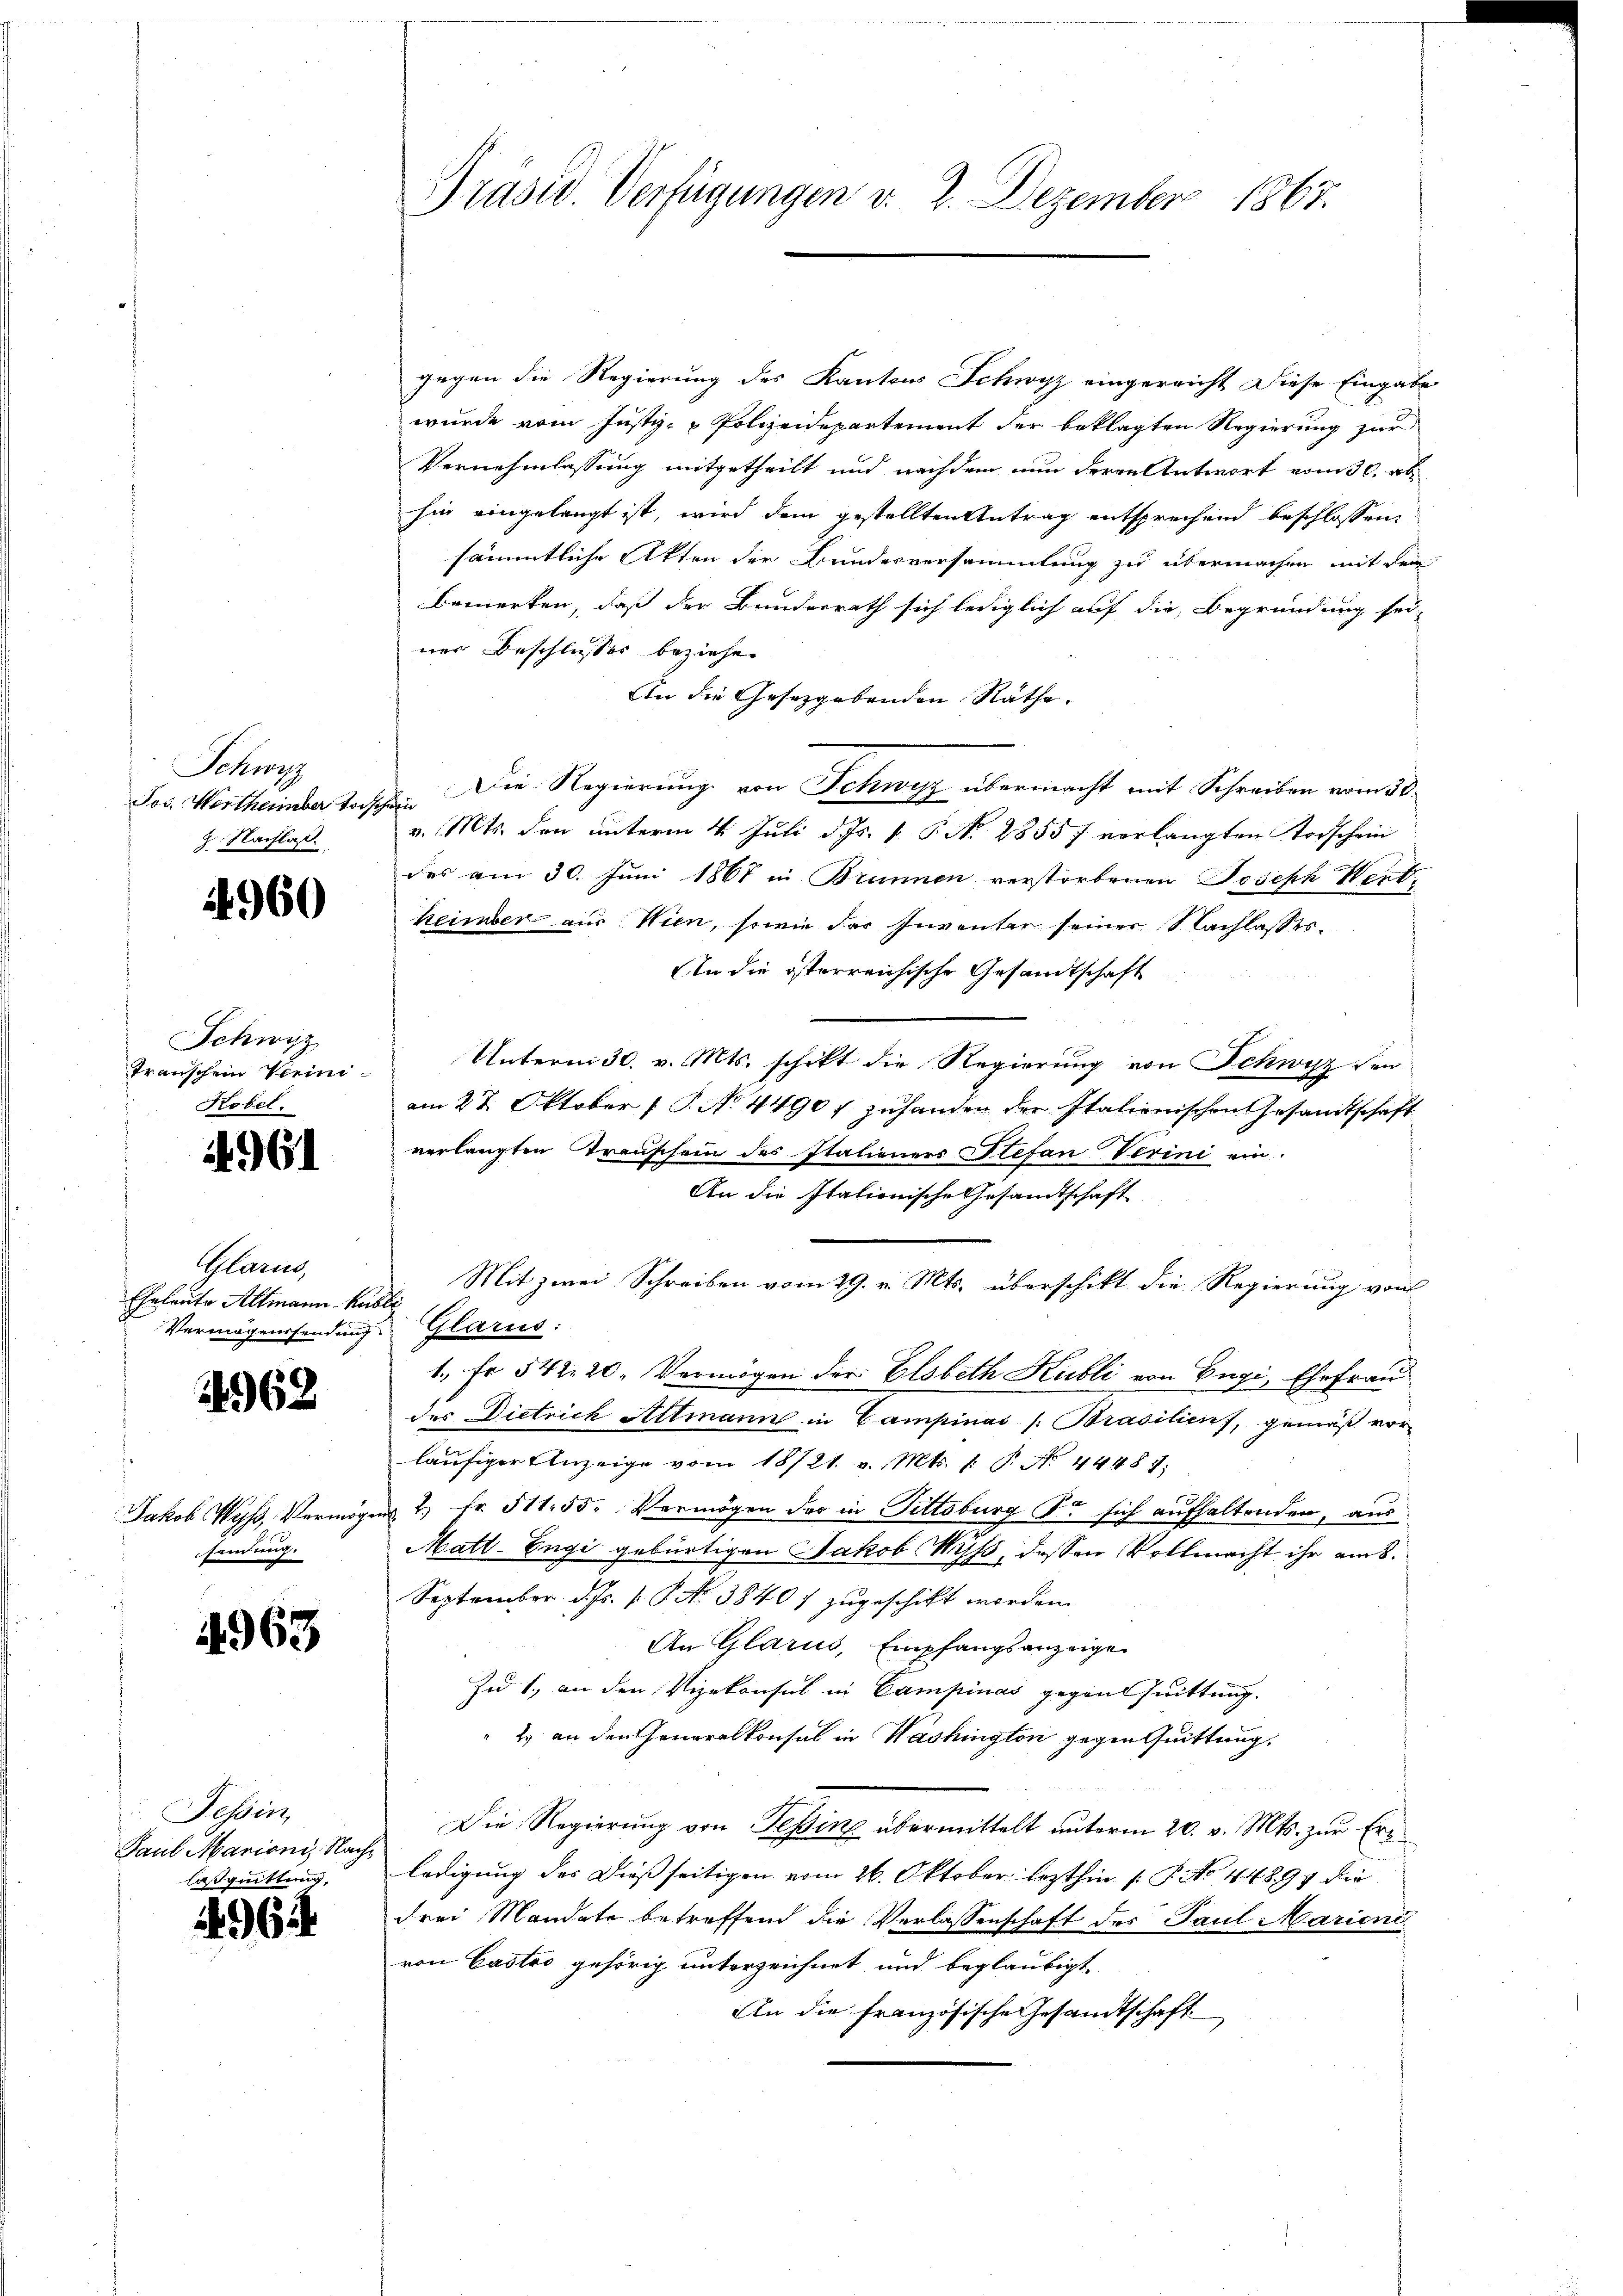
Schwyz
9 Nachla

4960

Schwyz
transchein Verini-
Kobel.

4961

Glarus,
Eheleute Altmann Publi
Vermögenssendung Glarus:

4962

sendung.

4969

Tessin,
Paul Mariani, Nachlasquittung

496.

gegen die Regierung des Kantons Schwyz eingereicht diese Eingabe
wurde vom Justiz-Polizeidepartement der beklagten Regierung zur
Vernehmlassung mitgetheilt und nachdem nun deren Antwort vom 30. abhin eingelangt ist, wird dem gestellten Antrag entsprechend beschlossen
sämmtliche Akten der Bundesversammlung zu übermachen mit dem
bemerken, daß der Bunderrath sich lediglich auf die Begründung sei
ner Beschlusses beziehe.
An die Gesetzgebenden Räthe.
Jos. Wertheimber Vorschen. Die Regierung von Schwyz übermacht mit Schreiben vom 30.
v. Mts. den unterm 4. Juli d. Js. v. P. N. 2855 f verlangten Todschein
des am 30. Juni 1861 in Brunnen verstorbenen Joseph Wert
keimber aus Wien, sowie der Inventer seiner Nachlasses.
An die österreichische Gesandtschaft
Unterm 30. v. Mts. schikt die Regierung von Schwyz den
am 27. Oktober (T. No. 4490 f. zuhanden der Italionischen Gesandtschaft
verlangten Treuschein des Italieners Stefan-Verini ein-
An die Italienische Gesandtschaft
Mit zwei Schreiben vom 29. v. Mts. überschikt die Regierung von
1., Er 542. 20. Vermögen der Elsbeth Hubli von Engi, Ehefrau
des Dietrich Altmann in Campinas /: Brasilien, gemäß vor-
läufiger Anzeige vom 18/21. v. Mts. 1. P. Nr. 44487;
Jakob Wyß, Vermögen 2 Fr. 51155. Vermögen der in Tittsburg So sich aufhaltenden, aus
Matt-Engi gebürtigen Jakob Miss, dessen Vollmacht ihr am 8.
September d. Js. f. P. Nr. 3840 f zugeschickt worden.
An Glarus, Empfangsanzeige
Zu 1., an den Vizekonsul in Campinas gegent Quittung.
2 an den Generalkonsul in Washington gegen Quittung.
Die Regierung von Tessing übermittelt unterm 20. v. Mts. zur Erledigung des Diesseitigen vom 26. Oktober lezthin 1 S. No 44894 die
drei Mandate betreffend die Verlassenschaft des Paul Marienivon Castro gehörig unterzeichnet und beglaubigt.
An die französische Gesandtschaft

Präsid. Verfügungen v. 2. Dezember 1867.